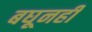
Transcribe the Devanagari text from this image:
बघूनही